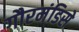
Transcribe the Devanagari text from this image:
गौरमंडिसे